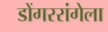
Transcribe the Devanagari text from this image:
डोंगररांगेला